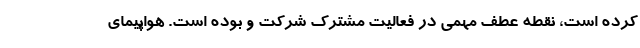
کرده است، نقطه عطف مهمی در فعالیت مشترک شرکت و بوده است. هواپیمای